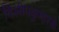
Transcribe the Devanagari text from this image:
दिलीपकुमारके